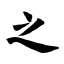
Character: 之